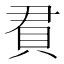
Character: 𬥒